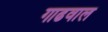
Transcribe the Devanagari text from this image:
गाढवाल